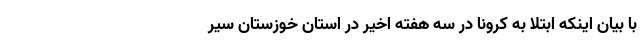
با بیان اینکه ابتلا به کرونا در سه هفته اخیر در استان خوزستان سیر